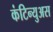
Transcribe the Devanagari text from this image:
कंटिन्युअस